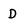
Character: d